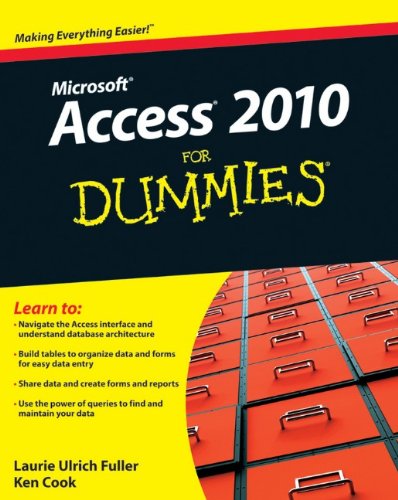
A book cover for Access 2010 For Dummies; Laurie Ulrich Fuller; Computers & Technology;